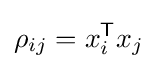
\rho _{ij}=x_{i}^{\mathsf {T}}x_{j}